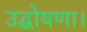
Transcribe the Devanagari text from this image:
उद्घोषणा।